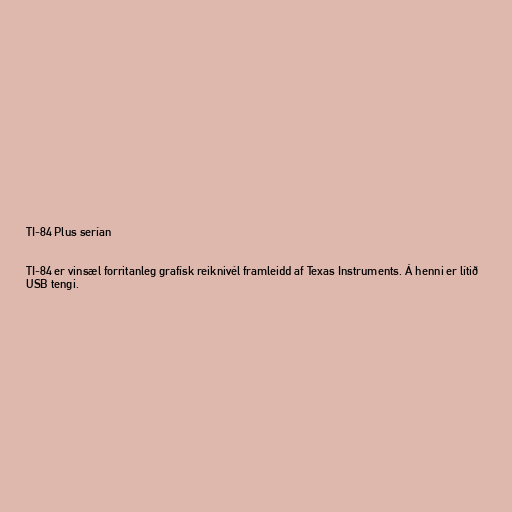
TI-84 Plus serían

TI-84 er vinsæl forritanleg grafísk reiknivél framleidd af Texas Instruments. Á henni er lítið
USB tengi.